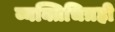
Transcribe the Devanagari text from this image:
व्यक्तिचित्रही